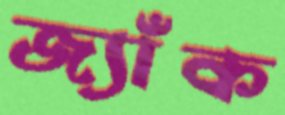
জ্যাঁক